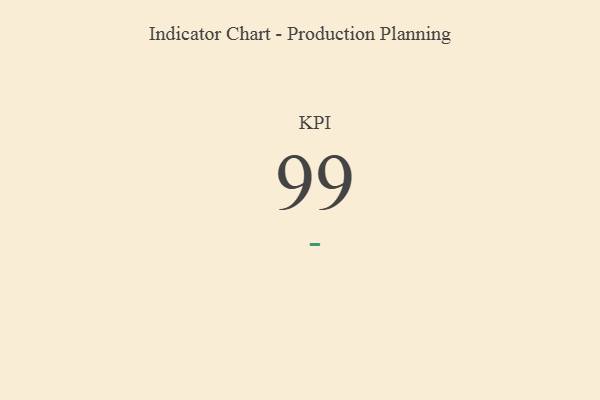
{"axis": {"x": "KPI", "y": "Value"}, "legend": [""], "data": [{"x": "KPI", "y": 99, "type": ""}]}